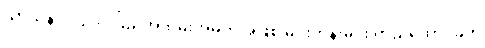
သာသနာ ၂၄၀၀ ပြည့်အထိမ်းအမှတ်အဖြစ် မင်းတုန်းမင်း တည်ထောင်ခဲ့တဲ့